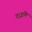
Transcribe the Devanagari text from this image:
दाइनि